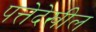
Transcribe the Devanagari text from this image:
पत्तेदेखील